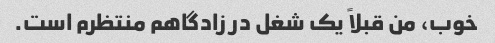
خوب، من قبلاً یک شغل در زادگاهم منتظرم است.